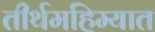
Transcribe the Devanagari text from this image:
तीर्थमहिम्यात